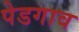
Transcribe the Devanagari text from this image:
पेडगाव